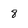
Character: 8